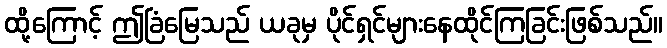
ထို့ကြောင့် ဤခြံမြေသည် ယခုမှ ပိုင်ရှင်များနေထိုင်ကြခြင်းဖြစ်သည်။